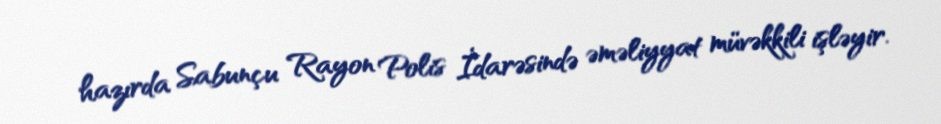
hazırda Sabunçu Rayon Polis İdarəsində əməliyyat müvəkkili işləyir.